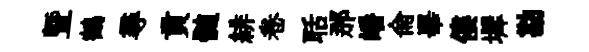
曁鶴尋貢髄緋卷聒那皤侖畢僂墀勘